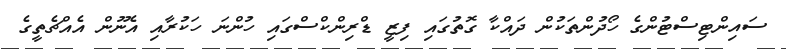
ސައިންޓިސްޓުންގެ ހޯދުންތަކުން ދައްކާ ގޮތުގައި ފިޒީ ޑްރިންކްސްގައި ހުންނަ ހަކުރާއި އެނޫން އެއްޗެތީގެ